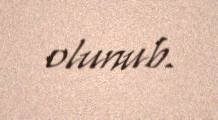
olunub.